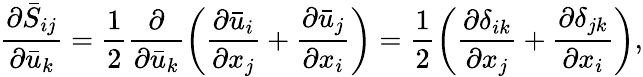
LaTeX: \frac{{\partial{{\bar{S}}_{ij}}}}{{\partial{{\bar{u}}_{k}}}}=\frac{1}{2}\frac{\partial}{{\partial{{\bar{u}}_{k}}}}\left({\frac{{\partial{{\bar{u}}_{i}}}}{{\partial{x_{j}}}}+\frac{{\partial{{\bar{u}}_{j}}}}{{\partial{x_{i}}}}}\right)=\frac{1}{2}\left({\frac{{\partial{\delta_{ik}}}}{{\partial{x_{j}}}}+\frac{{\partial{\delta_{jk}}}}{{\partial{x_{i}}}}}\right),